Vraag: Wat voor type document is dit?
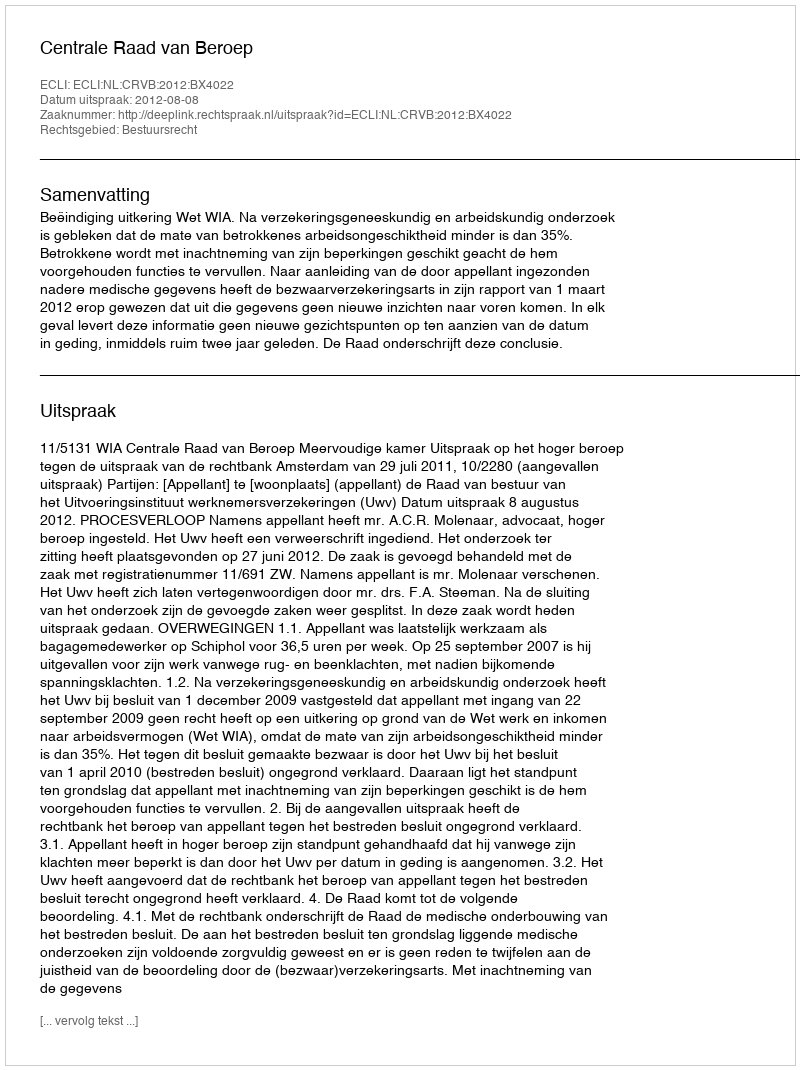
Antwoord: Uitspraak